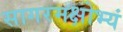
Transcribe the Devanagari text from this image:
सागरमक्षोभ्यं